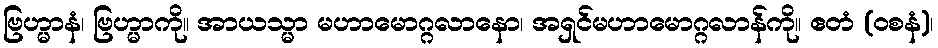
ဗြဟ္မာနံ၊ ဗြဟ္မာကို။ အာယသ္မာ မဟာမောဂ္ဂလာနော၊ အရှင်မဟာမောဂ္ဂလာန်ကို။ ဧတံ (ဝစနံ)၊